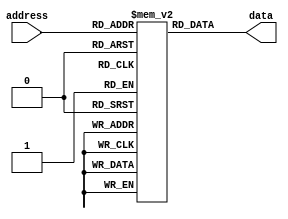
module rom (
    input wire [7:0] address,
    output wire [7:0] data
);

reg [7:0] rom_data [0:255];

initial begin
    // Initialize ROM contents here
    rom_data[0] = 8'b00000000; // example content for address 0
    // add more contents as needed
end

assign data = rom_data[address];

endmodule